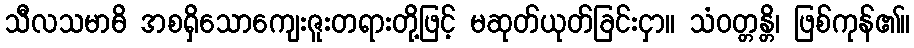
သီလသမာဓိ အစရှိသောကျေးဇူးတရားတို့ဖြင့် မဆုတ်ယုတ်ခြင်းငှာ။ သံဝတ္တန္တိ၊ ဖြစ်ကုန်၏။